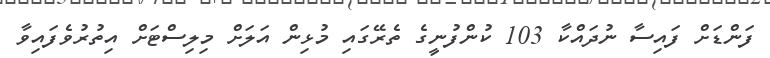
ފަންޑަށް ފައިސާ ނުދައްކާ 103 ކުންފުނީގެ ތެރޭގައި މުޅިން އަލަށް މިލިސްޓަށް އިތުރުވެފައިވާ